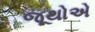
જૂથોએ